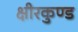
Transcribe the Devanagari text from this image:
क्षीरकुण्ड